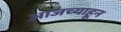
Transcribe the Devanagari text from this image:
आजच्याहून